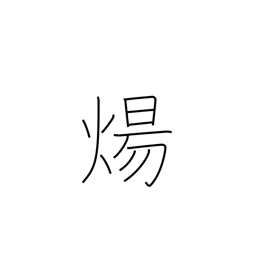
Meaning: burn